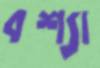
বশ্যা